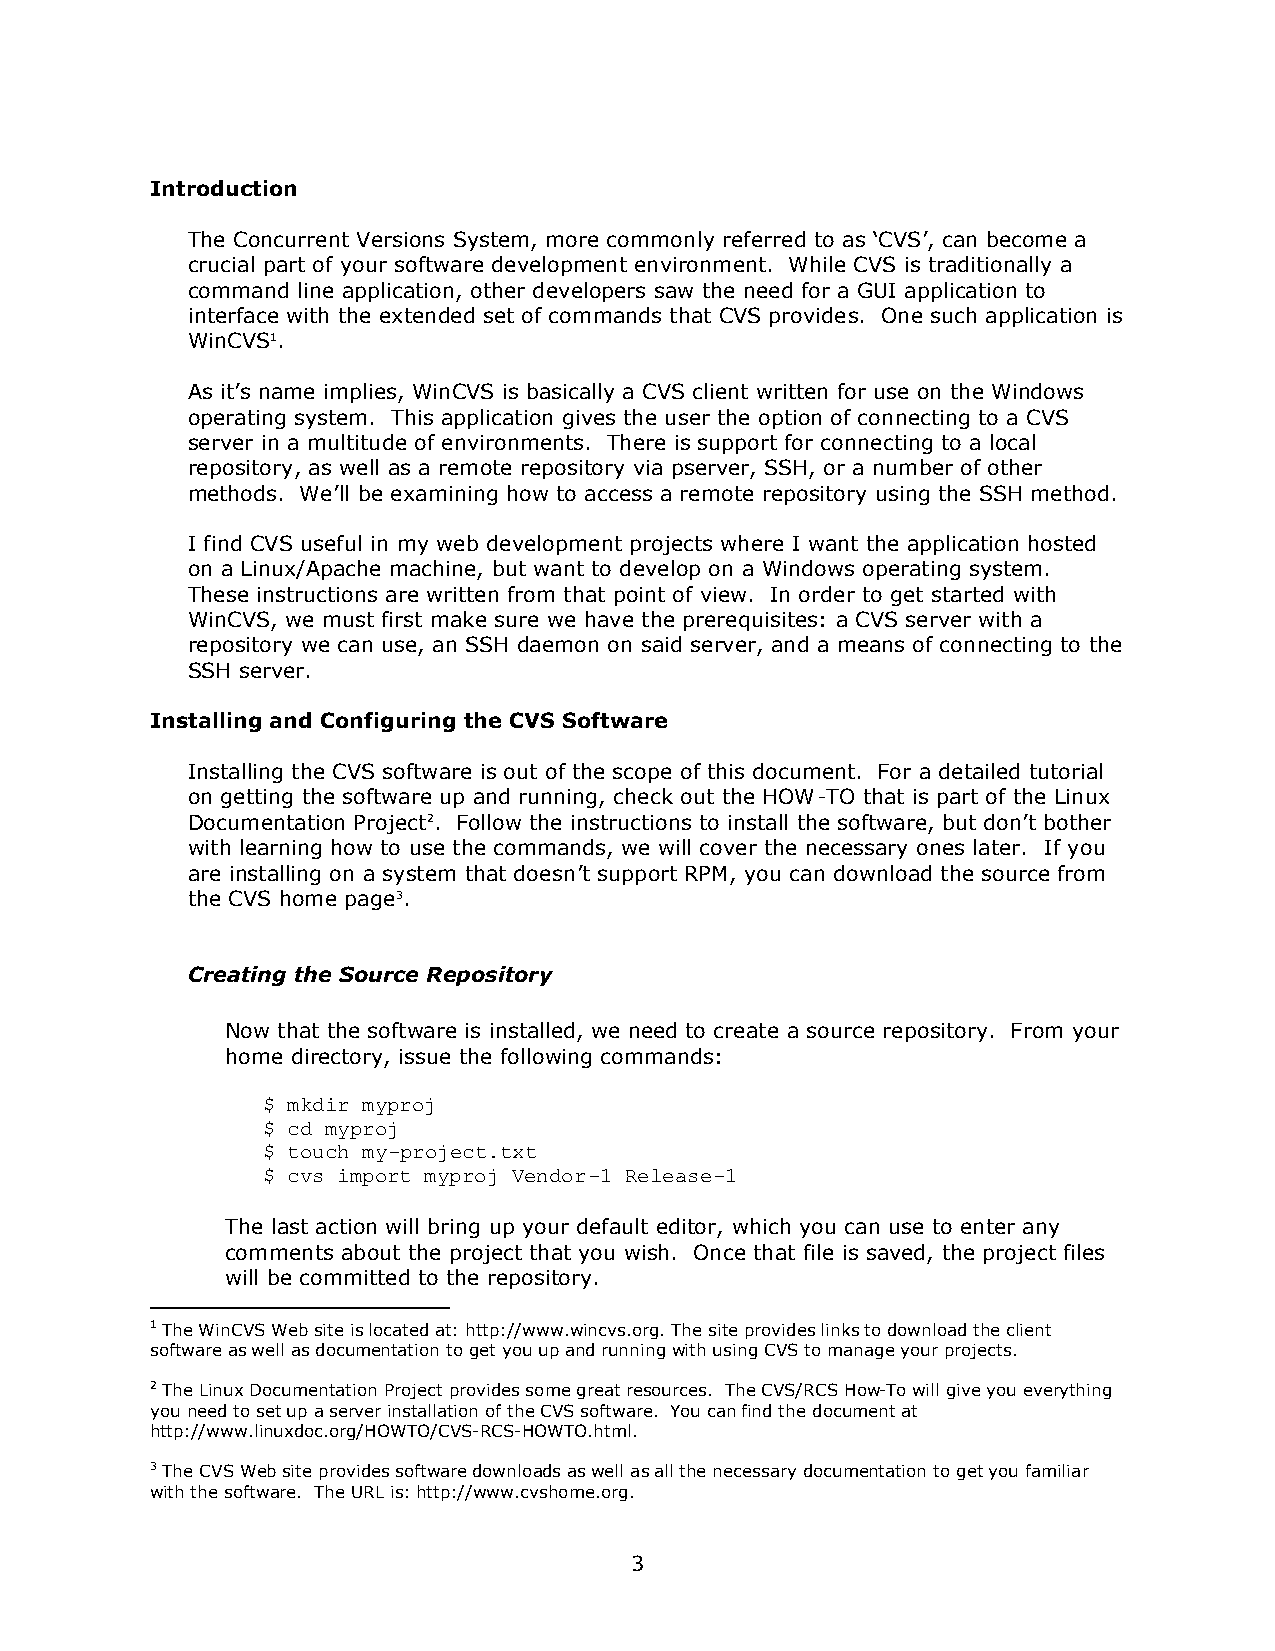
Introduction
 The Concurrent Versions System, more commonly referred to as ’CVS“, can become a
 crucial part of your software development environment. While CVS is traditionally a
 command line application, other developers saw the need for a GUI application to
 interface with the extended set of commands that CVS provides. One such application is
 WinCVS1.
 As it“s name implies, WinCVS is basically a CVS client written for use on the Windows
 operating system. This application gives the user the option of connecting to a CVS
 server in a multitude of environments. There is support for connecting to a local
 repository, as well as a remote repository via pserver, SSH, or a number of other
 methods. We“ll be examining how to access a remote repository using the SSH method.
 I find CVS useful in my web development projects where I want the application hosted
 on a Linux/Apache machine, but want to develop on a Windows operating system.
 These instructions are written from that point of view. In order to get started with
 WinCVS, we must first make sure we have the prerequisites: a CVS server with a
 repository we can use, an SSH daemon on said server, and a means of connecting to the
 SSH server.
 Installing and Configuring the CVS Software
 Installing the CVS software is out of the scope of this document. For a detailed tutorial
 on getting the software up and running, check out the HOW-TO that is part of the Linux
 Documentation Project2. Follow the instructions to install the software, but don“t bother
 with learning how to use the commands, we will cover the necessary ones later. If you
 are installing on a system that doesn“t support RPM, you can download the source from
 the CVS home page3.
 Creating the Source Repository
 Now that the software is installed, we need to create a source repository. From your
 home directory, issue the following commands:
 $ mkdir myproj
 $ cd myproj
 $ touch my-project.txt
 $ cvs import myproj Vendor-1 Release-1
 The last action will bring up your default editor, which you can use to enter any
 comments about the project that you wish. Once that file is saved, the project files
 will be committed to the repository.
 1 The WinCVS Web site is located at: http://www.wincvs.org. The site provides links to download the client
 software as well as documentation to get you up and running with using CVS to manage your projects.
 2 The Linux Documentation Project provides some great resources. The CVS/RCS How-To will give you everything
 you need to set up a server installation of the CVS software. You can find the document at
 http://www.linuxdoc.org/HOWTO/CVS-RCS-HOWTO.html.
 3 The CVS Web site provides software downloads as well as all the necessary documentation to get you familiar
 with the software. The URL is: http://www.cvshome.org.
 3